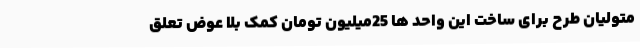
متولیان طرح برای ساخت این واحد ها 25میلیون تومان کمک بلا عوض تعلق